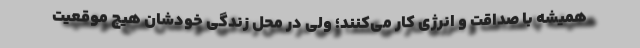
همیشه با صداقت و انرژی کار می‌کنند؛ ولی در محل زندگی خودشان هیچ موقعیت